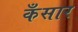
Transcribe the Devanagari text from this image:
कँसार